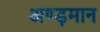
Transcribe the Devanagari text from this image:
अण्ड़मान